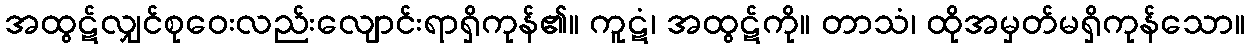
အထွဋ်လျှင်စုဝေးလည်းလျောင်းရာရှိကုန်၏။ ကူဋံ၊ အထွဋ်ကို။ တာသံ၊ ထိုအမှတ်မရှိကုန်သော။